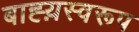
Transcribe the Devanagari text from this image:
बाह्य़स्वरूप